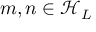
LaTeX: m , n \in { \mathcal { H } } _ { L }